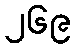
၂၆၉